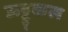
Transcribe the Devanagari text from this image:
ऊट्टुकल